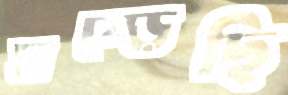
ঘষ্‌ড়েছি